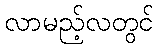
လာမည့်လတွင်